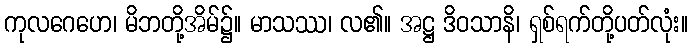
ကုလဂေဟေ၊ မိဘတို့အိမ်၌။ မာသဿ၊ လ၏။ အဋ္ဌ ဒိဝသာနိ၊ ရှစ်ရက်တို့ပတ်လုံး။